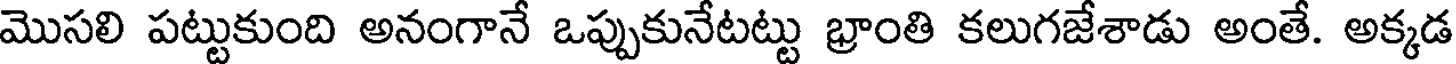
మొసలి పట్టుకుంది అనంగానే ఒప్పుకునేటట్టు భ్రాంతి కలుగజేశాడు అంతే. అక్కడ